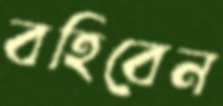
বহিবেন